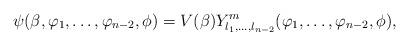
LaTeX: \begin{gather*}\psi(\beta,\varphi_1,\ldots,\varphi_{n-2},\phi)=V(\beta)Y^{m}_{l_1,\ldots,l_{n-2}}(\varphi_1,\ldots,\varphi_{n-2},\phi) ,\end{gather*}